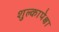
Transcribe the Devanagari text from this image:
शुल्कापेक्षा